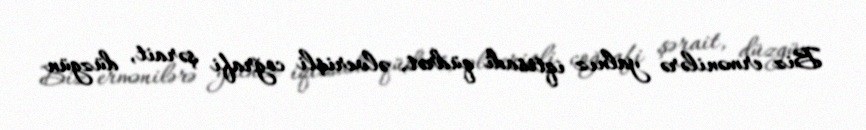
Biz ermənilərə yalnız iqtisadi qüdrət, əlverişli coğrafi şərait, düzgün